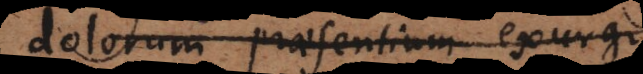
dolorum praesentium exurgit